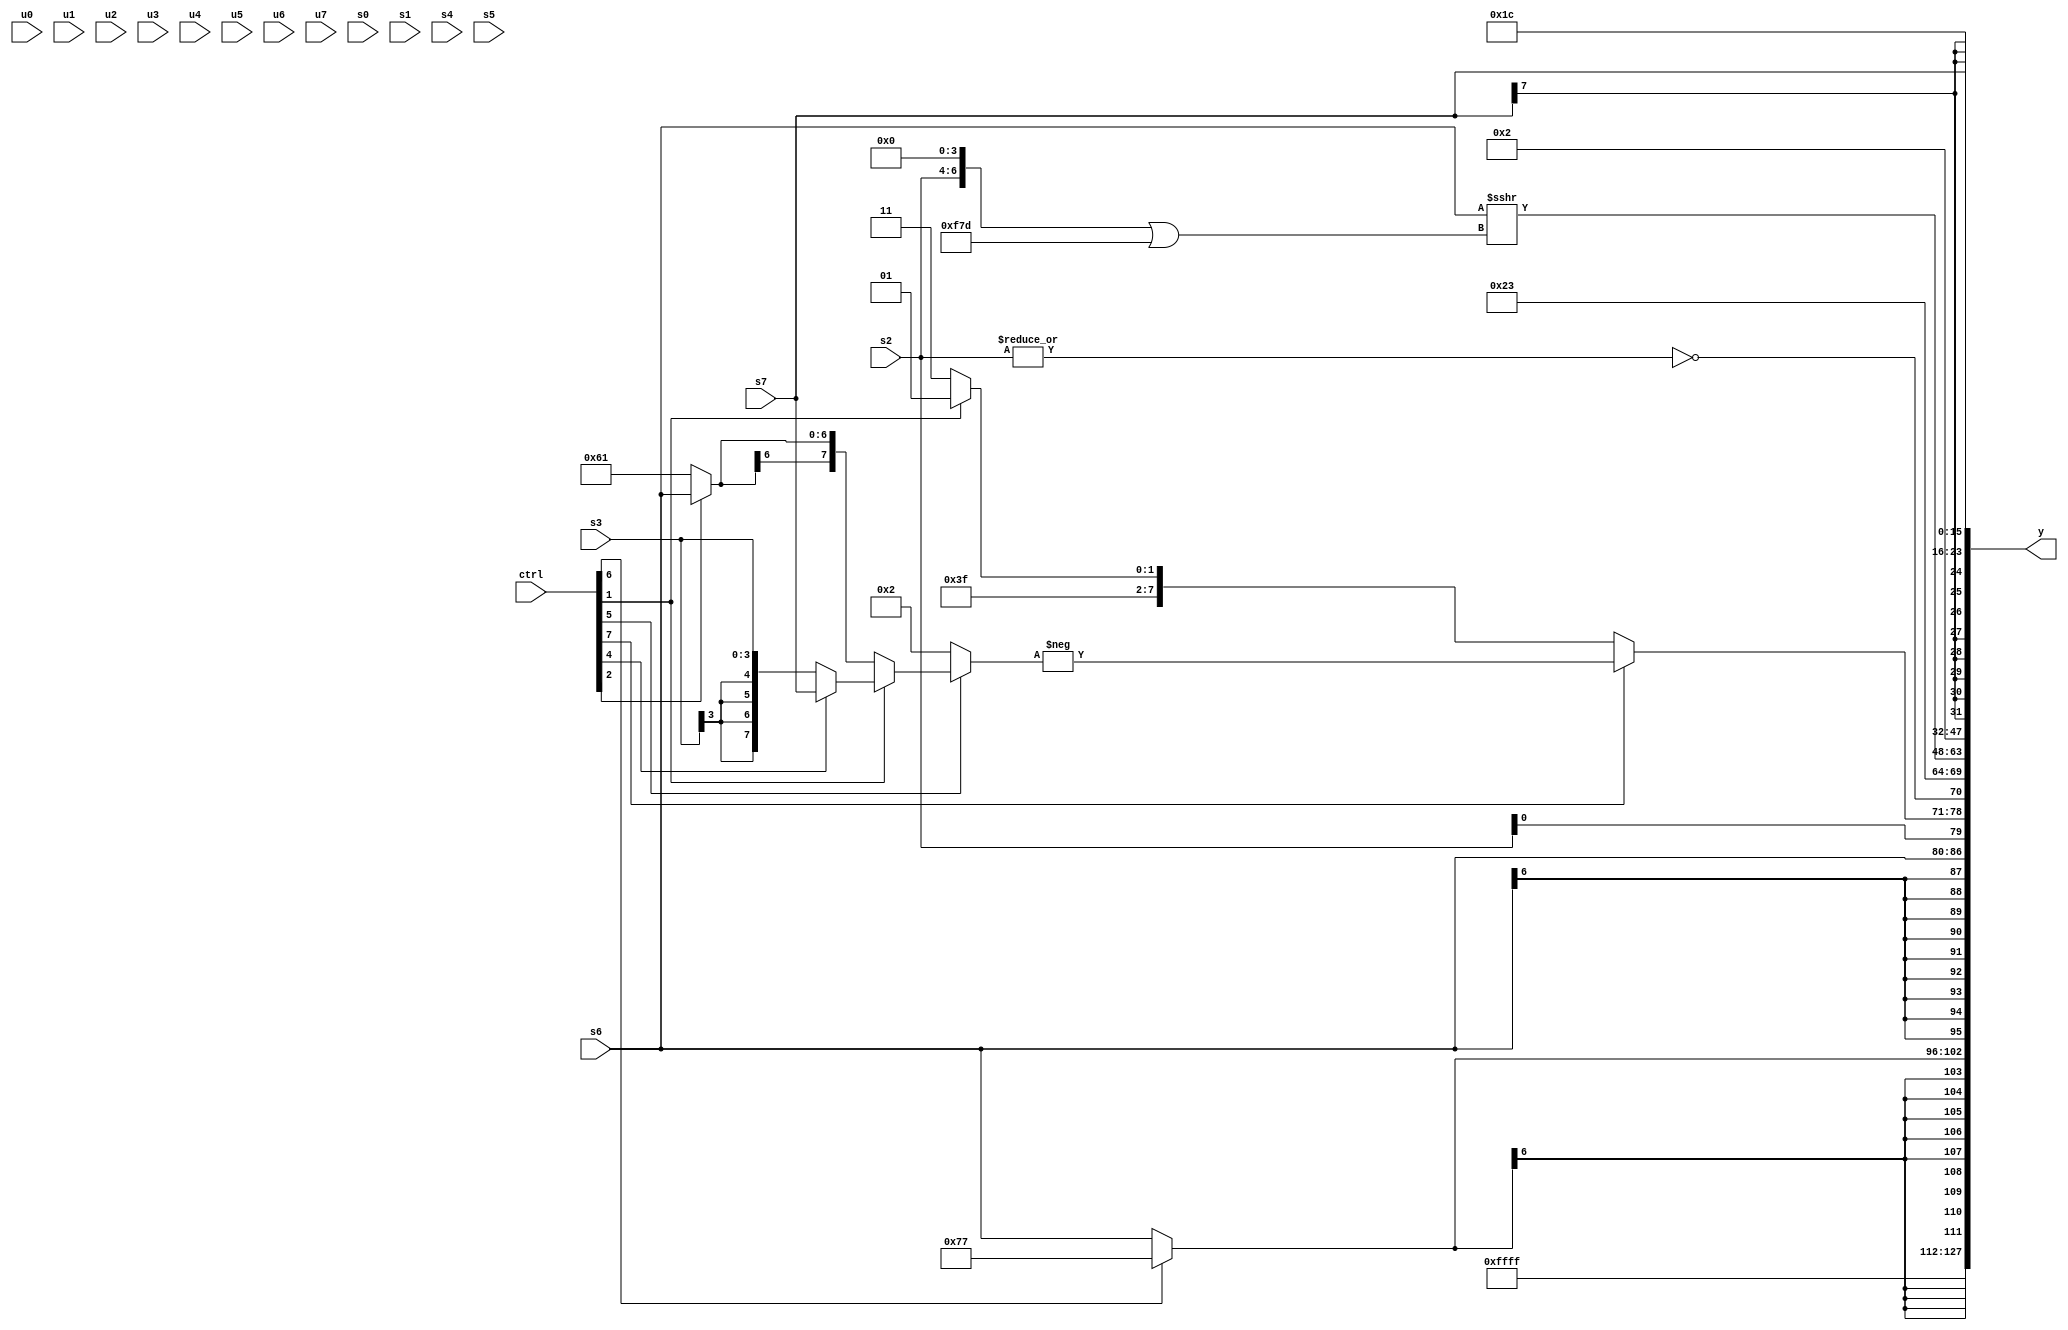
module wideexpr_00620(ctrl, u0, u1, u2, u3, u4, u5, u6, u7, s0, s1, s2, s3, s4, s5, s6, s7, y);
  input [7:0] ctrl;
  input [0:0] u0;
  input [1:0] u1;
  input [2:0] u2;
  input [3:0] u3;
  input [4:0] u4;
  input [5:0] u5;
  input [6:0] u6;
  input [7:0] u7;
  input signed [0:0] s0;
  input signed [1:0] s1;
  input signed [2:0] s2;
  input signed [3:0] s3;
  input signed [4:0] s4;
  input signed [5:0] s5;
  input signed [6:0] s6;
  input signed [7:0] s7;
  output [127:0] y;
  wire [15:0] y0;
  wire [15:0] y1;
  wire [15:0] y2;
  wire [15:0] y3;
  wire [15:0] y4;
  wire [15:0] y5;
  wire [15:0] y6;
  wire [15:0] y7;
  assign y = {y0,y1,y2,y3,y4,y5,y6,y7};
  assign y0 = 1'sb1;
  assign y1 = +((ctrl[6]?5'sb10111:s6));
  assign y2 = s6;
  assign y3 = {s2,{(ctrl[7]?-((ctrl[5]?(ctrl[1]?(ctrl[4]?s7:s3):(ctrl[2]?s6:6'sb100001)):-($signed(2'sb10)))):(ctrl[1]?4'sb1101:1'sb1))},~|(s2),6'sb100011};
  assign y4 = (s6)>>>(($signed(+(({+(s2),{4{1'sb0}}})|({2{6'sb111101}}))))>>>((5'sb10001)<<<(3'sb110)));
  assign y5 = 5'sb00010;
  assign y6 = s7;
  assign y7 = $signed($signed(6'sb011100));
endmodule